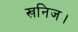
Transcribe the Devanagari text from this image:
खनिज।